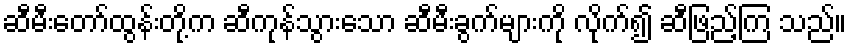
ဆီမီးတော်ထွန်းတို့က ဆီကုန်သွားသော ဆီမီးခွက်များကို လိုက်၍ ဆီဖြည့်ကြ သည်။